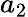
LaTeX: a_{2}